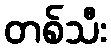
တစ်သီး